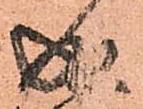
成